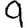
Digit: 9